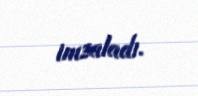
imzaladı.